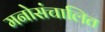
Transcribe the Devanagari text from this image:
मनोसंचालित